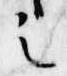
之